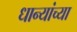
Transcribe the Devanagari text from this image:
धान्यांच्या